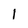
Character: l